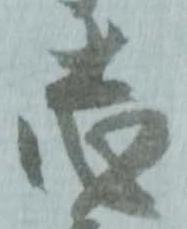
志